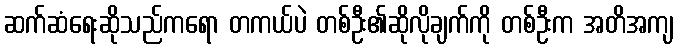
ဆက်ဆံရေးဆိုသည်ကရော တကယ်ပဲ တစ်ဦး၏ဆိုလိုချက်ကို တစ်ဦးက အတိအကျ